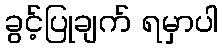
ခွင့်ပြုချက် ရမှာပါ